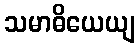
သမာဓိယေယျ